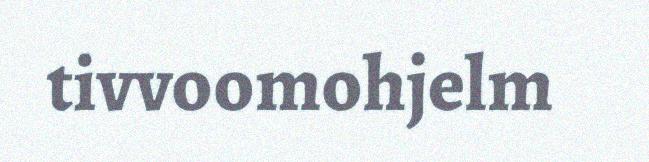
tivvoomohjelm